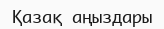
Қазақ аңыздары